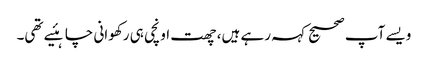
ویسے آپ صحیح کہہ رہے ہیں، چھت اونچی ہی رکھوانی چاہئیے تھی۔